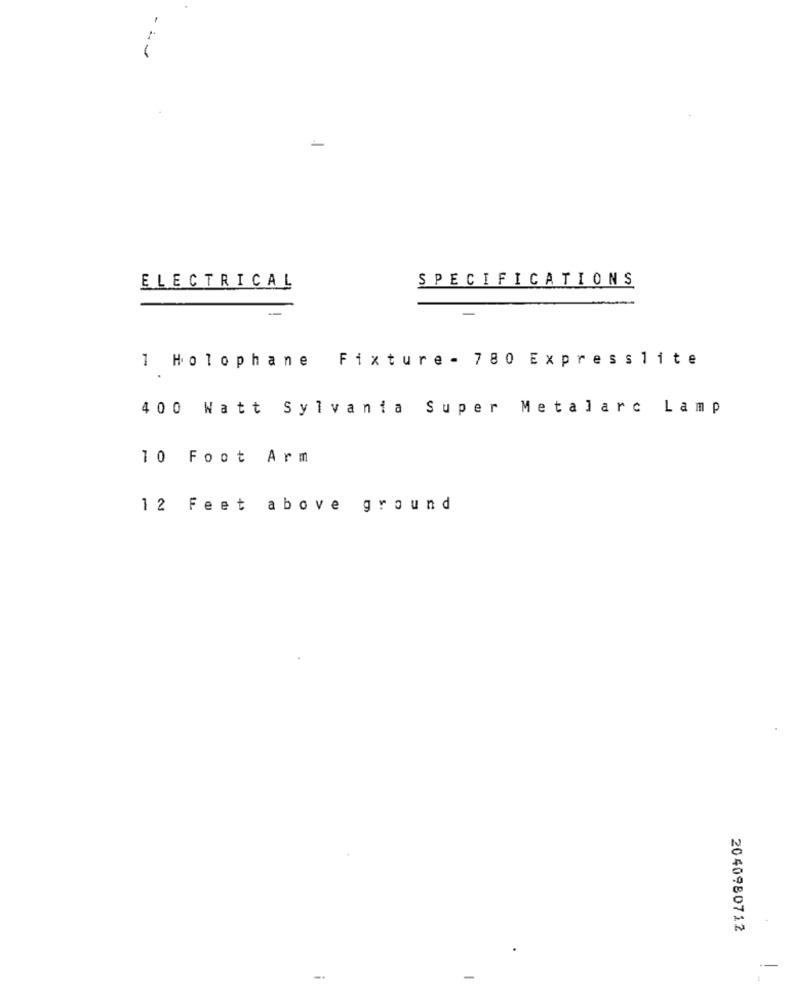
-
SPECIFICATIONS
ELECTRICAL
1 Holophane Fixture - 780 Expresslite
400 Watt Sylvania Super Metalarc Lamp
10 Foot Arm
12 Feet above ground
2040980712